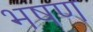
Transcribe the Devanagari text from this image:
भषण